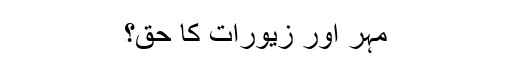
مہر اور زیورات کا حق؟